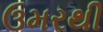
ઉમરથી